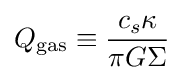
Q_{\mathrm {gas} }\equiv {\frac {c_{s}\kappa }{\pi G\Sigma }}